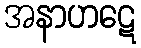
အနာဟဋေ